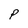
Character: p